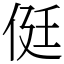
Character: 侹